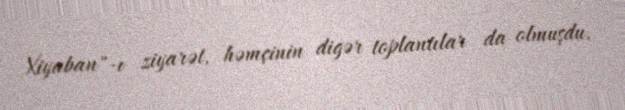
Xiyaban"-ı ziyarət, həmçinin digər toplantılar da olmuşdu.